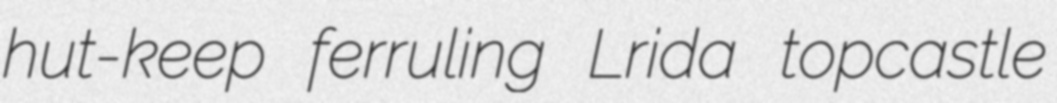
hut-keep ferruling Lrida topcastle